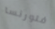
فلورنسا